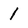
Character: 1